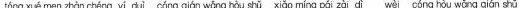
tóngxué men zhàn chéng yǐ cuì cóng qián wěng hòu shǔ xiǎo míng páí zài di w i cóng hòu wǔng qián shǔ